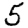
Digit: 5